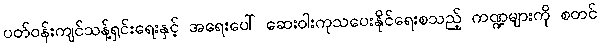
ပတ်ဝန်းကျင်သန့်ရှင်းရေးနှင့် အရေးပေါ် ဆေးဝါးကုသပေးနိုင်ရေးစသည့် ကဏ္ဍများကို စတင်